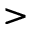
>